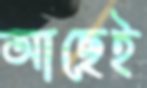
আছেই